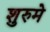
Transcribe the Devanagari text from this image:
शुरुमे